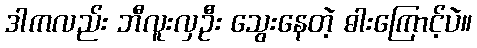
ဒါကလည်း ဘီလူးလှဦး သွေးနေတဲ့ ဓါးကြောင့်ပဲ။